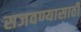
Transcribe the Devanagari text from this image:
सजवण्यासाठी